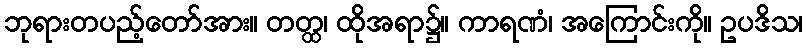
ဘုရားတပည့်တော်အား။ တတ္ထ၊ ထိုအရာ၌။ ကာရဏံ၊ အကြောင်းကို။ ဥပဒိသ၊